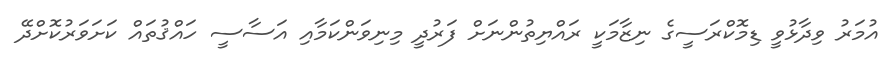
އުމަރު ވިދާޅުުވީ ޑިމޮކްރަސީގެ ނިޒާމަކީ ރައްޔިތުންނަށް ފަރުދީ މިނިވަންކަމާއި އަސާސީ ހައްޤުތައް ކަށަވަރުކޮށްދޭ